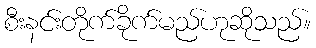
စီးနင်းတိုက်ခိုက်မည်ဟုဆိုသည်။